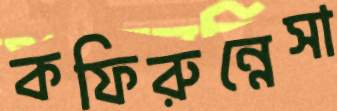
কফিরুন্নেসা